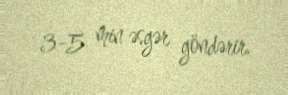
3-5 min əsgər göndərir.